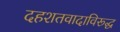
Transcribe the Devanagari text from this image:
दहशतवादाविरूद्ध